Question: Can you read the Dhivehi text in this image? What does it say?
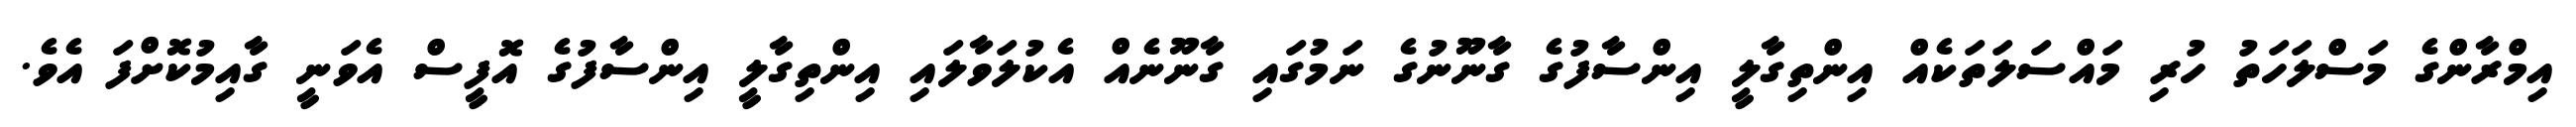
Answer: އިމްރާންގެ މަސްލަހަތު ހުރި މައްސަލަތަކެއް އިންތިގާލީ އިންސާފުގެ ގާނޫނުގެ ނަމުގައި ގާނޫނެއް އެކުލަވާލައި އިންތިގާލީ އިންސާފުގެ އޮފީސް އެވަނީ ގާއިމުކޮށްފަ އެވެ.